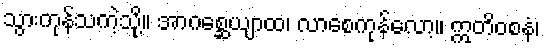
သွားကုန်သကဲ့သို့။ အာဂစ္ဆေယျာထ၊ လာစေကုန်လော့။ ဣတိဝစနံ၊